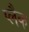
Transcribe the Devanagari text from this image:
प्लैक